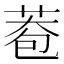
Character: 𦰮